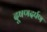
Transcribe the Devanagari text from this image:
दूषणदर्पण